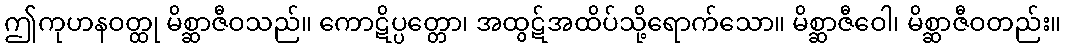
ဤကုဟနဝတ္ထု မိစ္ဆာဇီဝသည်။ ကောဋိပ္ပတ္တော၊ အထွဋ်အထိပ်သို့ရောက်သော။ မိစ္ဆာဇီဝေါ၊ မိစ္ဆာဇီဝတည်း။